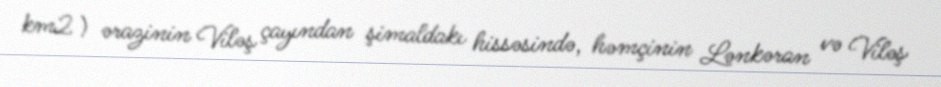
km2 ) ərazinin Viləş çayından şimaldakı hissəsində, həmçinin Lənkəran və Viləş